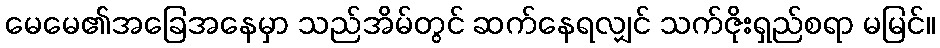
မေမေ၏အခြေအနေမှာ သည်အိမ်တွင် ဆက်နေရလျှင် သက်ဇိုးရှည်စရာ မမြင်။